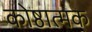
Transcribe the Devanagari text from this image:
कोष्ठात्मक